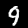
Label: 9